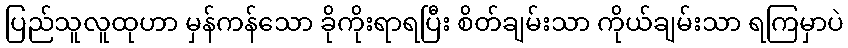
ပြည်သူလူထုဟာ မှန်ကန်သော ခိုကိုးရာရပြီး စိတ်ချမ်းသာ ကိုယ်ချမ်းသာ ရကြမှာပဲ